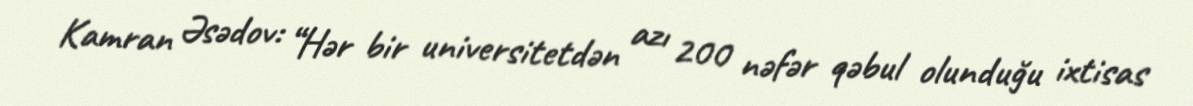
Kamran Əsədov: “Hər bir universitetdən azı 200 nəfər qəbul olunduğu ixtisas